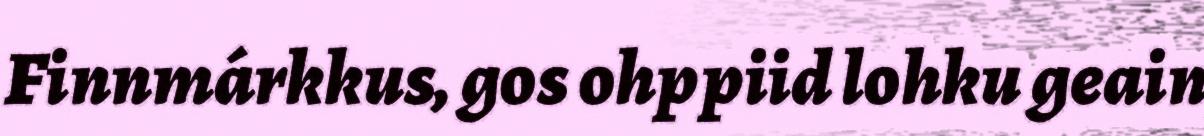
Finnmárkkus, gos ohppiid lohku geain